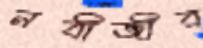
নবীজীর